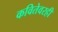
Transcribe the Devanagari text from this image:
कवितेवरही